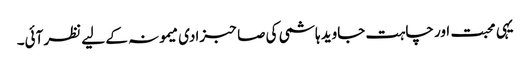
یہی محبت اور چاہت جاوید ہاشمی کی صاحبزادی میمونہ کے لیے نظر آئی۔